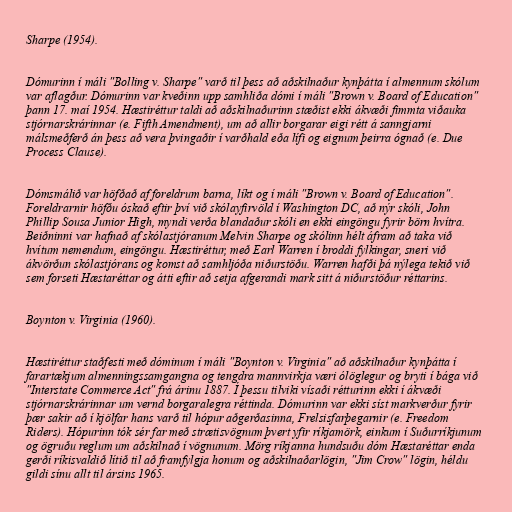
Sharpe (1954).

Dómurinn í máli "Bolling v. Sharpe" varð til þess að aðskilnaður kynþátta í almennum skólum
var aflagður. Dómurinn var kveðinn upp samhliða dómi í máli "Brown v. Board of Education"
þann 17. maí 1954. Hæstiréttur taldi að aðskilnaðurinn stæðist ekki ákvæði fimmta viðauka
stjórnarskrárinnar (e. Fifth Amendment), um að allir borgarar eigi rétt á sanngjarni
málsmeðferð án þess að vera þvingaðir í varðhald eða lífi og eignum þeirra ógnað (e. Due
Process Clause).

Dómsmálið var höfðað af foreldrum barna, líkt og í máli "Brown v. Board of Education".
Foreldrarnir höfðu óskað eftir því við skólayfirvöld í Washington DC, að nýr skóli, John
Phillip Sousa Junior High, myndi verða blandaður skóli en ekki eingöngu fyrir börn hvítra.
Beiðninni var hafnað af skólastjóranum Melvin Sharpe og skólinn hélt áfram að taka við
hvítum nemendum, eingöngu. Hæstiréttur, með Earl Warren í broddi fylkingar, sneri við
ákvörðun skólastjórans og komst að samhljóða niðurstöðu. Warren hafði þá nýlega tekið við
sem forseti Hæstaréttar og átti eftir að setja afgerandi mark sitt á niðurstöður réttarins.

Boynton v. Virginia (1960).

Hæstiréttur staðfesti með dóminum í máli "Boynton v. Virginia" að aðskilnaður kynþátta í
farartækjum almenningssamgangna og tengdra mannvirkja væri ólöglegur og bryti í bága við
"Interstate Commerce Act" frá árinu 1887. Í þessu tilviki vísaði rétturinn ekki í ákvæði
stjórnarskrárinnar um vernd borgaralegra réttinda. Dómurinn var ekki síst markverður fyrir
þær sakir að í kjölfar hans varð til hópur aðgerðasinna, Frelsisfarþegarnir (e. Freedom
Riders). Hópurinn tók sér far með strætisvögnum þvert yfir ríkjamörk, einkum í Suðurríkjunum
og ögruðu reglum um aðskilnað í vögnunum. Mörg ríkjanna hundsuðu dóm Hæstaréttar enda
gerði ríkisvaldið lítið til að framfylgja honum og aðskilnaðarlögin, "Jim Crow" lögin, héldu
gildi sínu allt til ársins 1965.